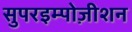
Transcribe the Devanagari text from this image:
सुपरइम्पोज़ीशन